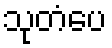
သုတံပေ